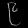
Digit: ၉